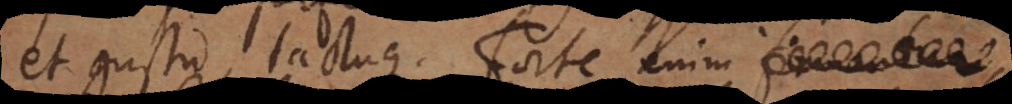
et gustu, tactuque. Forte enim